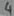
Text: 4